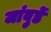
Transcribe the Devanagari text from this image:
जांबुर्डे